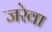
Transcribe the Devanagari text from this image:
जरेवा